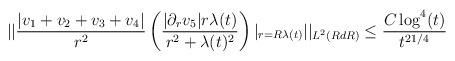
LaTeX: \begin{align*} &||\frac{|v_{1}+v_{2}+v_{3}+v_{4}|}{r^{2}}\left(\frac{|\partial_{r}v_{5}| r \lambda(t)}{r^{2}+\lambda(t)^{2}}\right)\vert_{r=R\lambda(t)}||_{L^{2}(R dR)}\leq \frac{C \log^{4}(t)}{t^{21/4}}\end{align*}